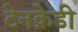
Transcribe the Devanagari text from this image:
टेनक्रेडी